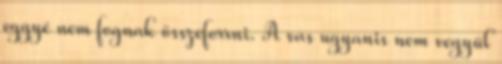
eggyé nem fognak összeforrni. A vas ugyanis nem vegyül